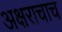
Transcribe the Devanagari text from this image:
अक्षराचाच